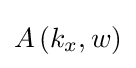
A\left(k_{x},w\right)